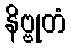
နိဗ္ဗုတံ